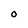
Character: O